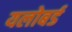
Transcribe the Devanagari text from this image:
यलोबर्ड